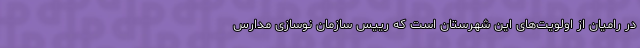
در رامیان از اولویت‌های این شهرستان است که رییس سازمان نوسازی مدارس